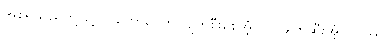
အစရှိသည်တို့ဖြင့်။ ဝိကောပေတိ၊ ပျက်စီးစေအံ့။ ဝါ၊ ဖျက်ဆီးအံ့။ တဿ၊